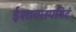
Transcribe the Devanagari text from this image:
ईशावास्यमिदं